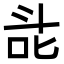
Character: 㖍